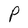
Character: P